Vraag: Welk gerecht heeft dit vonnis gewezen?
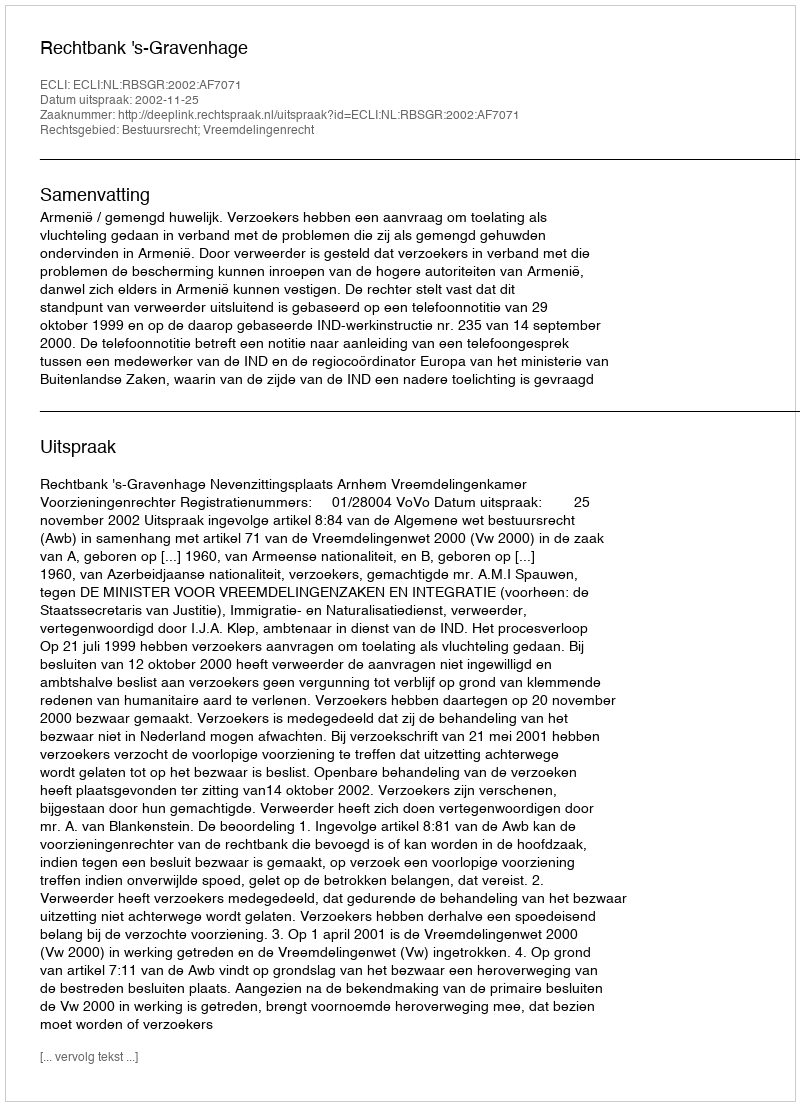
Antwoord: Rechtbank 's-Gravenhage